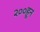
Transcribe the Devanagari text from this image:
२००हून